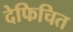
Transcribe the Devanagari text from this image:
देफिचित